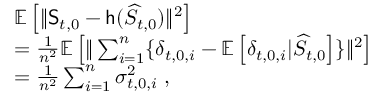
\begin{array} { r l } & { \mathbb { E } \left[ \| \mathsf { S } _ { t , 0 } - \mathsf { h } ( \widehat { S } _ { t , 0 } ) \| ^ { 2 } \right] } \\ & { = \frac { 1 } { n ^ { 2 } } \mathbb { E } \left[ \| \sum _ { i = 1 } ^ { n } \{ \delta _ { t , 0 , i } - \mathbb { E } \left[ \delta _ { t , 0 , i } \vert \widehat { S } _ { t , 0 } \right] \} \| ^ { 2 } \right] } \\ & { = \frac { 1 } { n ^ { 2 } } \sum _ { i = 1 } ^ { n } \sigma _ { t , 0 , i } ^ { 2 } \; , } \end{array}